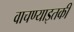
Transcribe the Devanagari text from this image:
वाचण्याइतकी